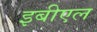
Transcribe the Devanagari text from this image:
इबीएल